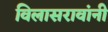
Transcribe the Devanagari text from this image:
विलासरावांनी